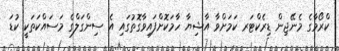
ކްރޯމާގެ މެނޭޖިން ޑިރެކްޓަރ ކަމަށްވާ އާޝިޔާ ހާމަކޮށްފައިވާގޮތުގައި އެ ސިންގަލްގެ މަސައްކަތަކީ ކުޑަ